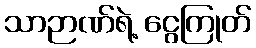
သာဉာဏ်ရဲ့ ငွေကြုတ်